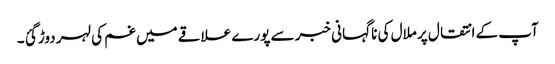
آپ کے انتقال پر ملال کی نا گہانی خبر سے پورے علاقے میں غم کی لہر دوڑ گئ ۔